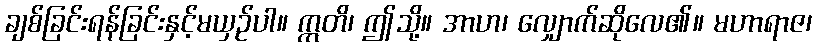
ချစ်ခြင်းရန်ခြင်းနှင့်မယှဉ်ပါ။ ဣတိ၊ ဤသို့။ အာဟ၊ လျှောက်ဆိုလေ၏။ မဟာရာဇ၊